Indian journal of veterinary science and animal husbandry - Volumes 15-17, 1948-1951
Year: 1948
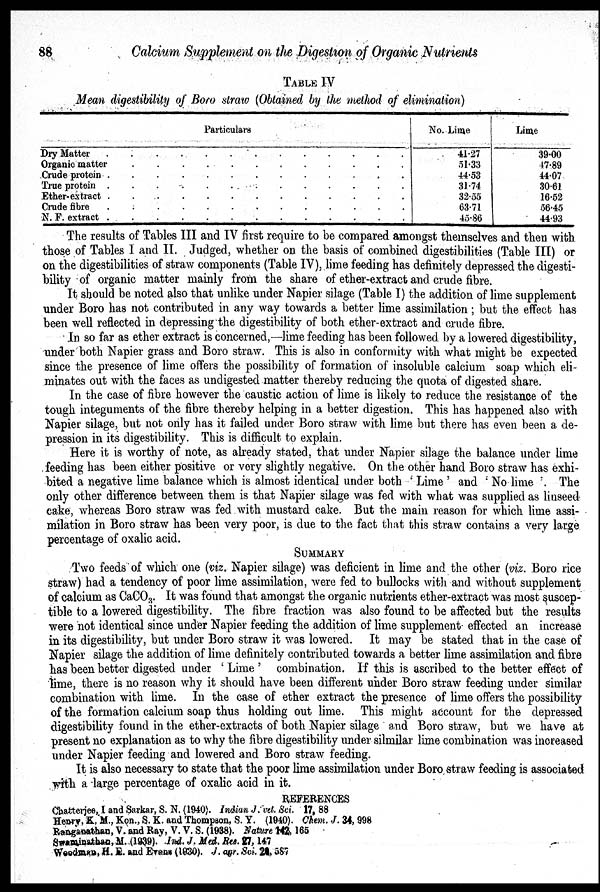
88
Calcium Supplement on the Digestion of Organic Nutrients
TABLE IV
Mean digestibility of Boro straw (Obtained by the method of elimination)
Particulars
Dry Matter
. . . .
Organic matter
Crude protein
True protein
Ether-extract
Crude
fibre
.
.
.
N. F. extract
No. Lime
41.27
51.33
44.53
31.74
32.55
63.71
45.86
Lime
39.00
47.89
44.07
30.61
16.52
56.45
44.93
The results of Tables III and IV first require to be compared amongst themselves and then with
those of Tables I and II. Judged, whether on the basis of combined digestibilities (Table III) or
on the digestibilities of straw components (Table IV), lime feeding has definitely depressed the digesti-
bility of organic matter mainly from the share of ether-extract and crude fibre.
It should be noted also that unlike under Napier silage (Table I) the addition of lime supplement
under Boro has not contributed in any way towards a better lime assimilation; but the effect has
been well reflected in depressing the digestibility of both ether-extract and crude fibre.
In so far as ether extract is concerned,—lime feeding has been followed by a lowered digestibility,
under both Napier grass and Boro straw. This is also in conformity with what might be expected
since the presence of lime offers the possibility of formation of insoluble calcium soap which eli-
minates out with the faces as undigested matter thereby reducing the quota of digested share.
In the case of fibre however the caustic action of lime is likely to reduce the resistance of the
tough integuments of the fibre thereby helping in a better digestion. This has happened also with
Napier silage, but not only has it failed under Boro straw with lime but there has even been a de-
pression in its digestibility. This is difficult to explain.
Here it is worthy of note, as already stated, that under Napier silage the balance under lime
feeding has been either positive or very slightly negative. On the other hand Boro straw has exhi-
bited a negative lime balance which is almost identical under both 'Lime' and 'No lime' The
only other difference between them is that Napier silage was fed with what was supplied as linseed
cake, whereas Boro straw was fed with mustard cake. But the main reason for which lime assi-
milation in Boro straw has been very poor, is due to the fact that this straw contains a very large
percentage of oxalic acid.
SUMMARY
Two feeds of which one (viz. Napier silage) was deficient in lime and the other (viz. Boro rice
straw) had a tendency of poor lime assimilation, were fed to bullocks with and without supplement
of calcium as CaCO 3 . It was found that amongst the organic nutrients ether-extract was most suscep-
tible to a lowered digestibility. The fibre fraction was also found to be affected but the results
were not identical since under Napier feeding the addition of lime supplement effected an increase
in its digestibility, but under Boro straw it was lowered. It may be stated that in the case of
Napier silage the addition of lime definitely contributed towards a better lime assimilation and fibre
has been better digested under 'Lime' combination. If this is ascribed to the better effect of
lime, there is no reason why it should have been different under Boro straw feeding under similar
combination with lime. In the case of ether extract the presence of lime offers the possibility
of the formation calcium soap thus holding out lime. This might account for the depressed
digestibility found in the ether-extracts of both Napier silage and Boro straw, but we have at
present no explanation as to why the fibre digestibility under silmilar lime combination was increased
under Napier feeding and lowered and Boro straw feeding.
It is also necessary to state that the poor lime assimilation under Boro straw feeding is associated
with a large percentage of oxalic acid in it.
REFERENCES
Chatterjee, I and Sarkar, S. N. (1940). Indian J. vet. Sci. 17, 88
Henry, K, M., Kon., S. K. and Thompson, S. Y. (1940). Chem. J. 34, 998
Ranganathan, V. and Ray, V. V. S. (1938). Nature 142, 165
Swaminathan, M. (1939). Ind. J. Med. Res. 27, 147
Woodman, H. E. and Evans (1930). J. agr. Sci. 28, 587